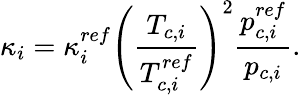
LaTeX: \kappa_{i}=\kappa_{i}^{ref}\left(\frac{T_{c,i}}{T_{c,i}^{ref}}\right)^{2}\frac{p_{c,i}^{ref}}{p_{c,i}}.